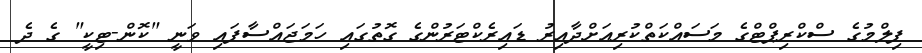
ފިލްމުގެ ސްކްރިޕްޓްގެ މަސައްކަތްކުރިއަށްދާއިރު ޑައިރެކްޓަރުންގެ ގޮތުގައި ހަމަޖައްސާފައި ވަނީ "ކޮން-ޓިކީ" ގެ ދެ